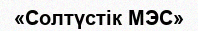
«Солтүстік МЭС»